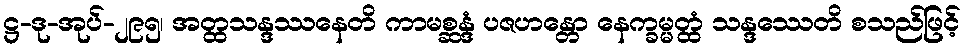
ဋ္ဌ-ဒု-အုပ်-၂၉၅၊ အတ္ထသန္ဒဿနေတိ ကာမစ္ဆန္ဒံ ပဇဟန္တော နေက္ခမ္မတ္ထံ သန္ဒဿေတိ စသည်ဖြင့်